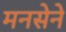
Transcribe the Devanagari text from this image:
मनसेने